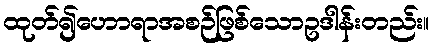
ထုတ်၍ဟောရာအစဉ်ဖြစ်သောဥဒါန်းတည်း။